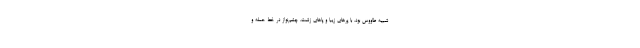
شبیه طاووس بود، با پرهای زیبا و پاهای زشت. چشم‌نواز در خط حمله و